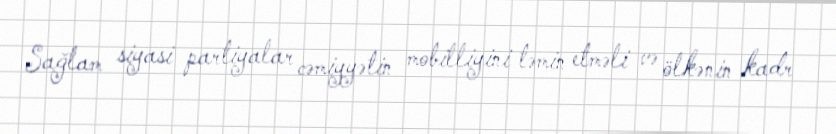
Sağlam siyasi partiyalar cəmiyyətin mobilliyini təmin etməli və ölkənin kadr